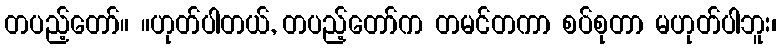
တပည့်တော်။ ။ဟုတ်ပါတယ်, တပည့်တော်က တမင်တကာ စပ်စုတာ မဟုတ်ပါဘူး၊